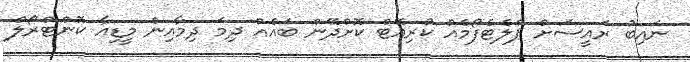
ނައިބު ރައީސަށް ޕްލެޓެފޯމެއް ކުރިއޭޓް ކޮށްދޭން ބައެއް ދިމަ ދިމާއިން މީޑިއާ ކޮންޓްރޯލް